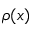
\rho ( x )